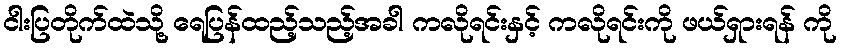
ငါးပြတိုက်ထဲသို့ ရေပြန်ထည့်သည့်အခါ ကလိုရင်းနှင့် ကလိုရင်းကို ဖယ်ရှားရန် ကို